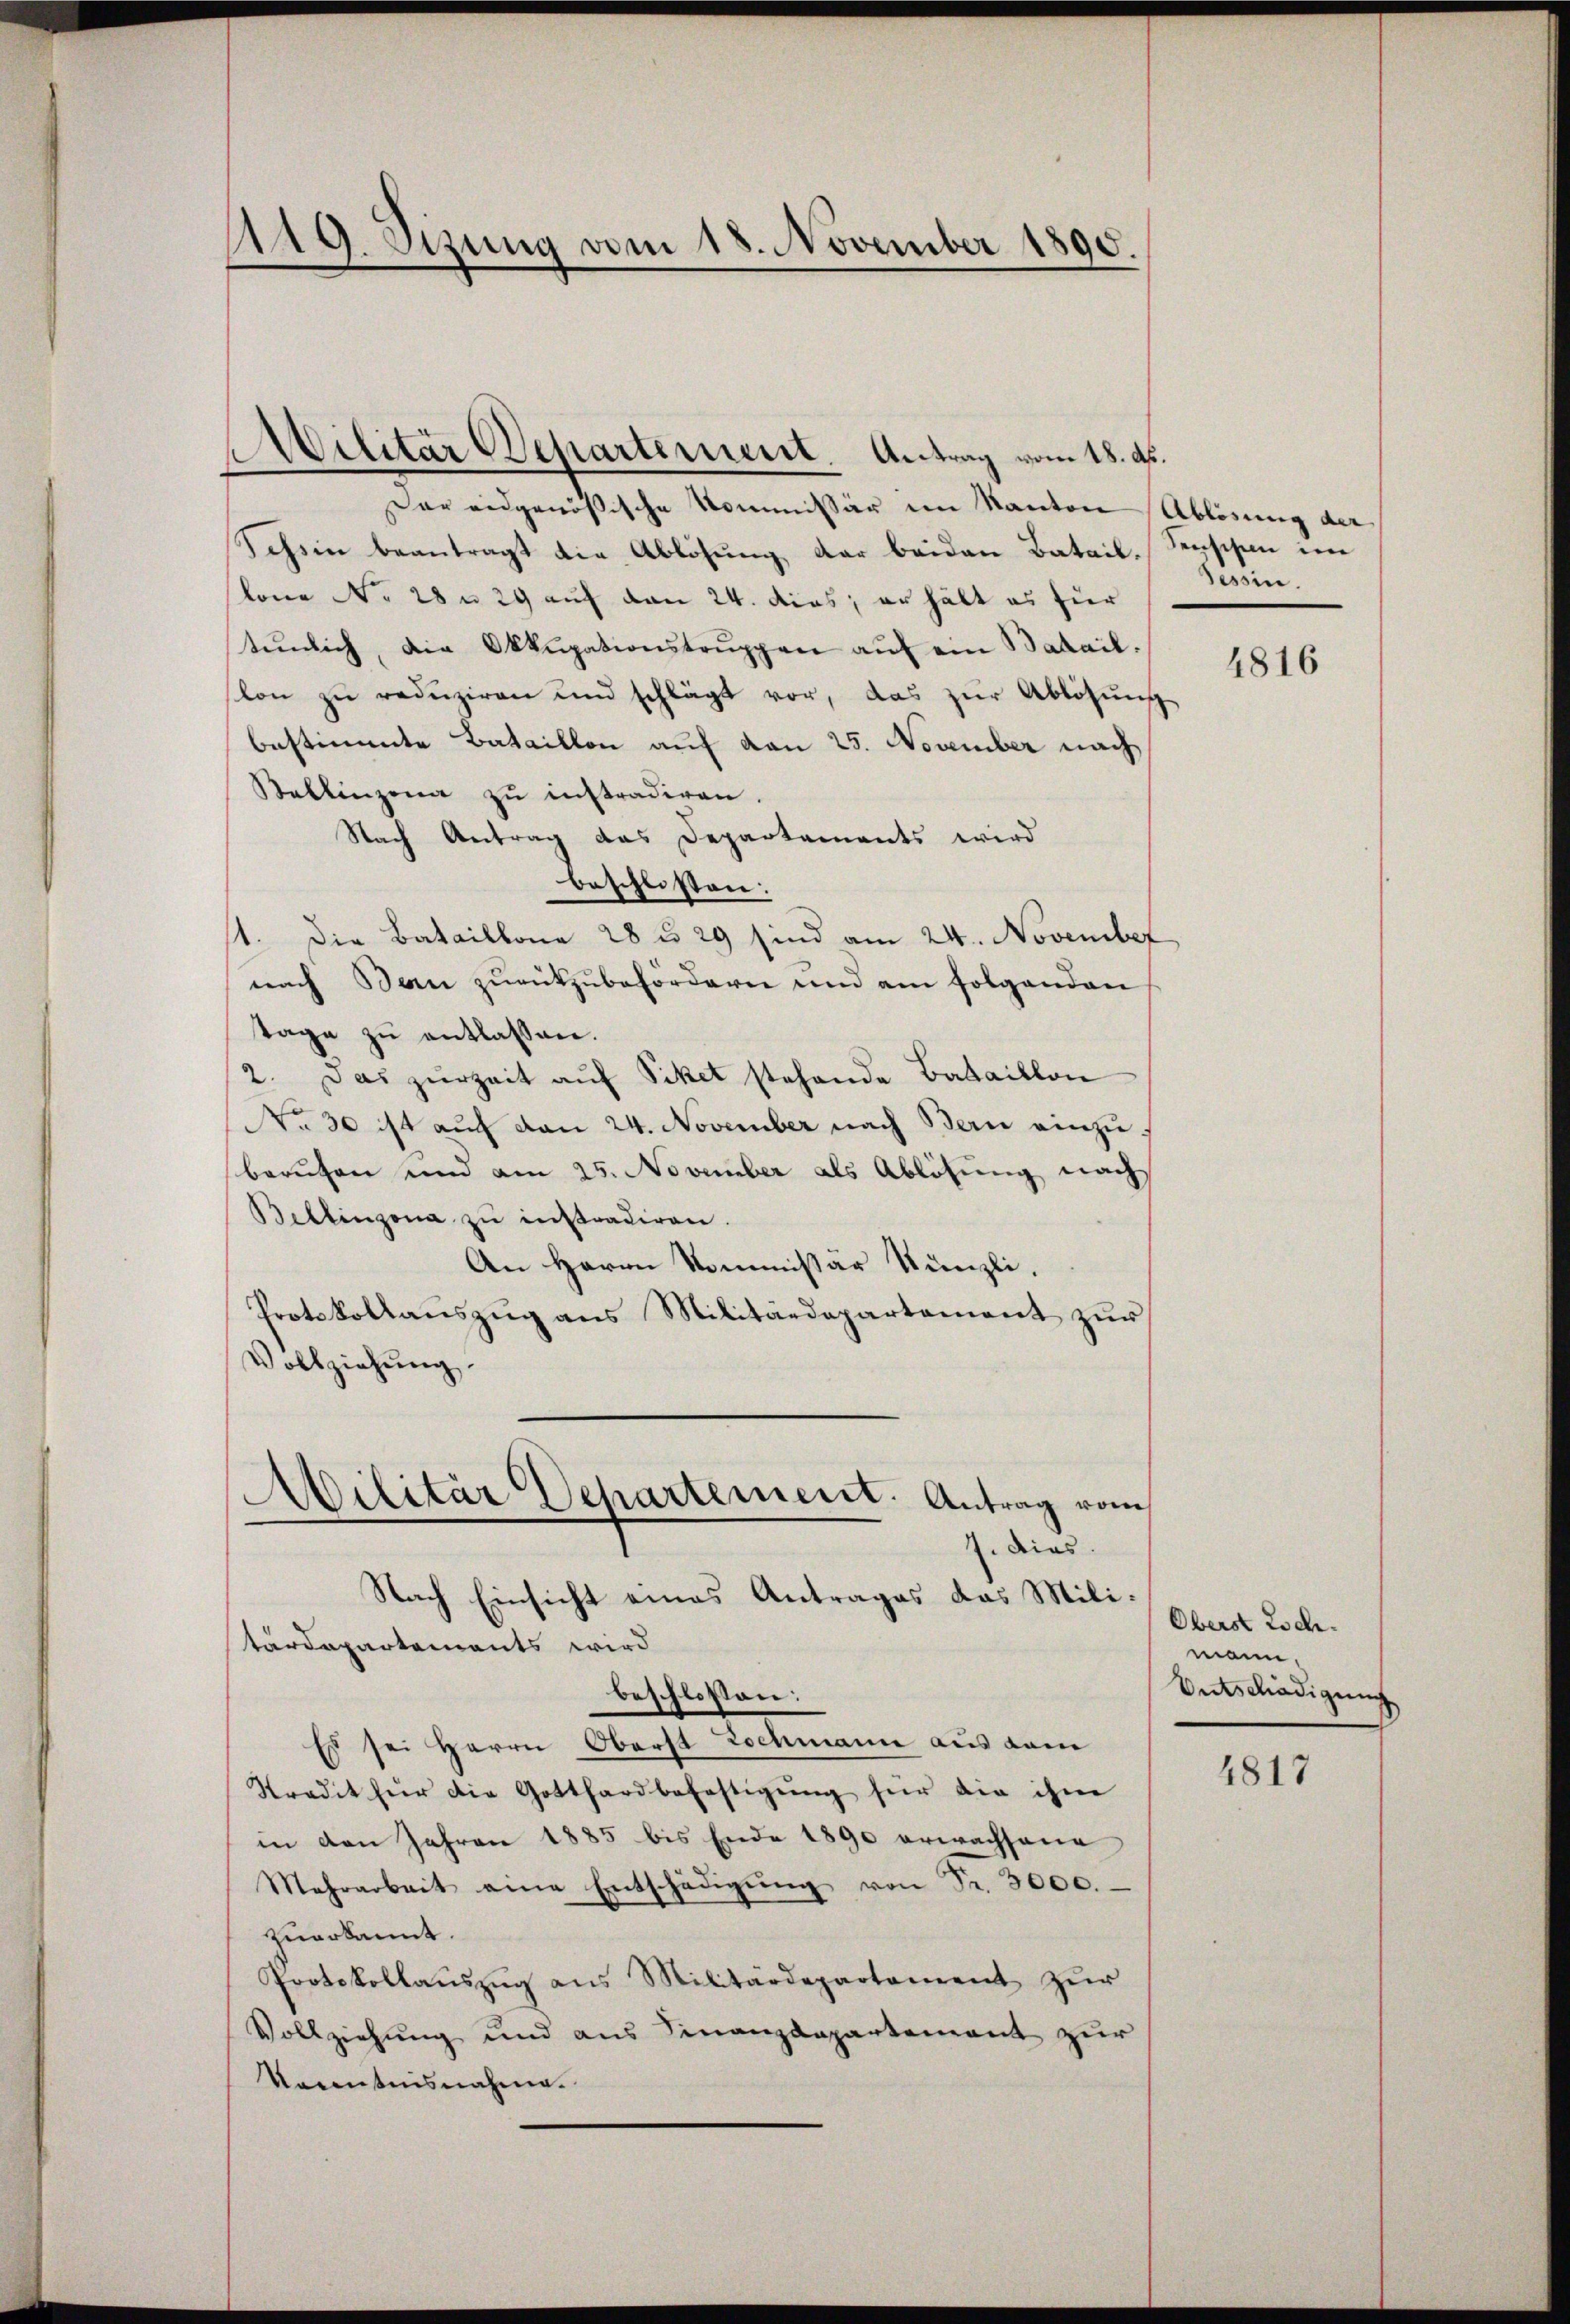
119. Sizung vom 18. November 1890.

Militär Departement. Antrag vom 18. ds.
Der eidgenößische Kommissär im Kanton Ablösung der
Sehsin beantragt die Ablösung der beiden Batail.
lone No 28 u. 29 auf den 24. dies, erhält es für
tŭnlich, die Okkupationstruppen auf ein Batail.
lon zu reduziren und schlägt vor, das zur Ablösung
bestimmte Bataillon auf von 25. November nach
Bellinzona zu instradiren.
Nach Antrag das Departements wird
beschlisten:
1. Die Bataillona 28 § 29 sind am 24. November
nach Ban zŭrückzŭbefordern und am folgenden
tage zu entlassen.
2. Das zurzeit auf Piket stehende Bataillon
No. 30 ist auf den 24. November nach Bern einzuberuhen und am 25. November als Ablösung nach
Bellinzona zu instradiren.
An Herrn Kommissär Künzli.
Protokollaŭszŭg ans Militärdepartement zŭr
Vollziehŭng.
gilitär Departement. Antrag vom
J. dies
Nach Einsicht eines Antrages das Militärdepartements wird
beschlossen:
Es sei Herrn Oberst Lochmann aus dem
Stradit für die Gotthardbefestigŭng für die ihm
in den Jahren 1885 bis Ende 1890 erwachsene
Mehrarbeit eine Entschädigŭng von Fr. 3000.
zuerkannt.
Protokollaŭszŭg ans Militärdepartement zŭr
Vollziehung und aus Finanzdepartement zur
Venntnisnahme.

senschen im
Tessin.

4816

Oberst Esch.
mann,
Entschädigung

4817